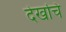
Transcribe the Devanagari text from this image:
देखचि